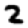
Digit: 2